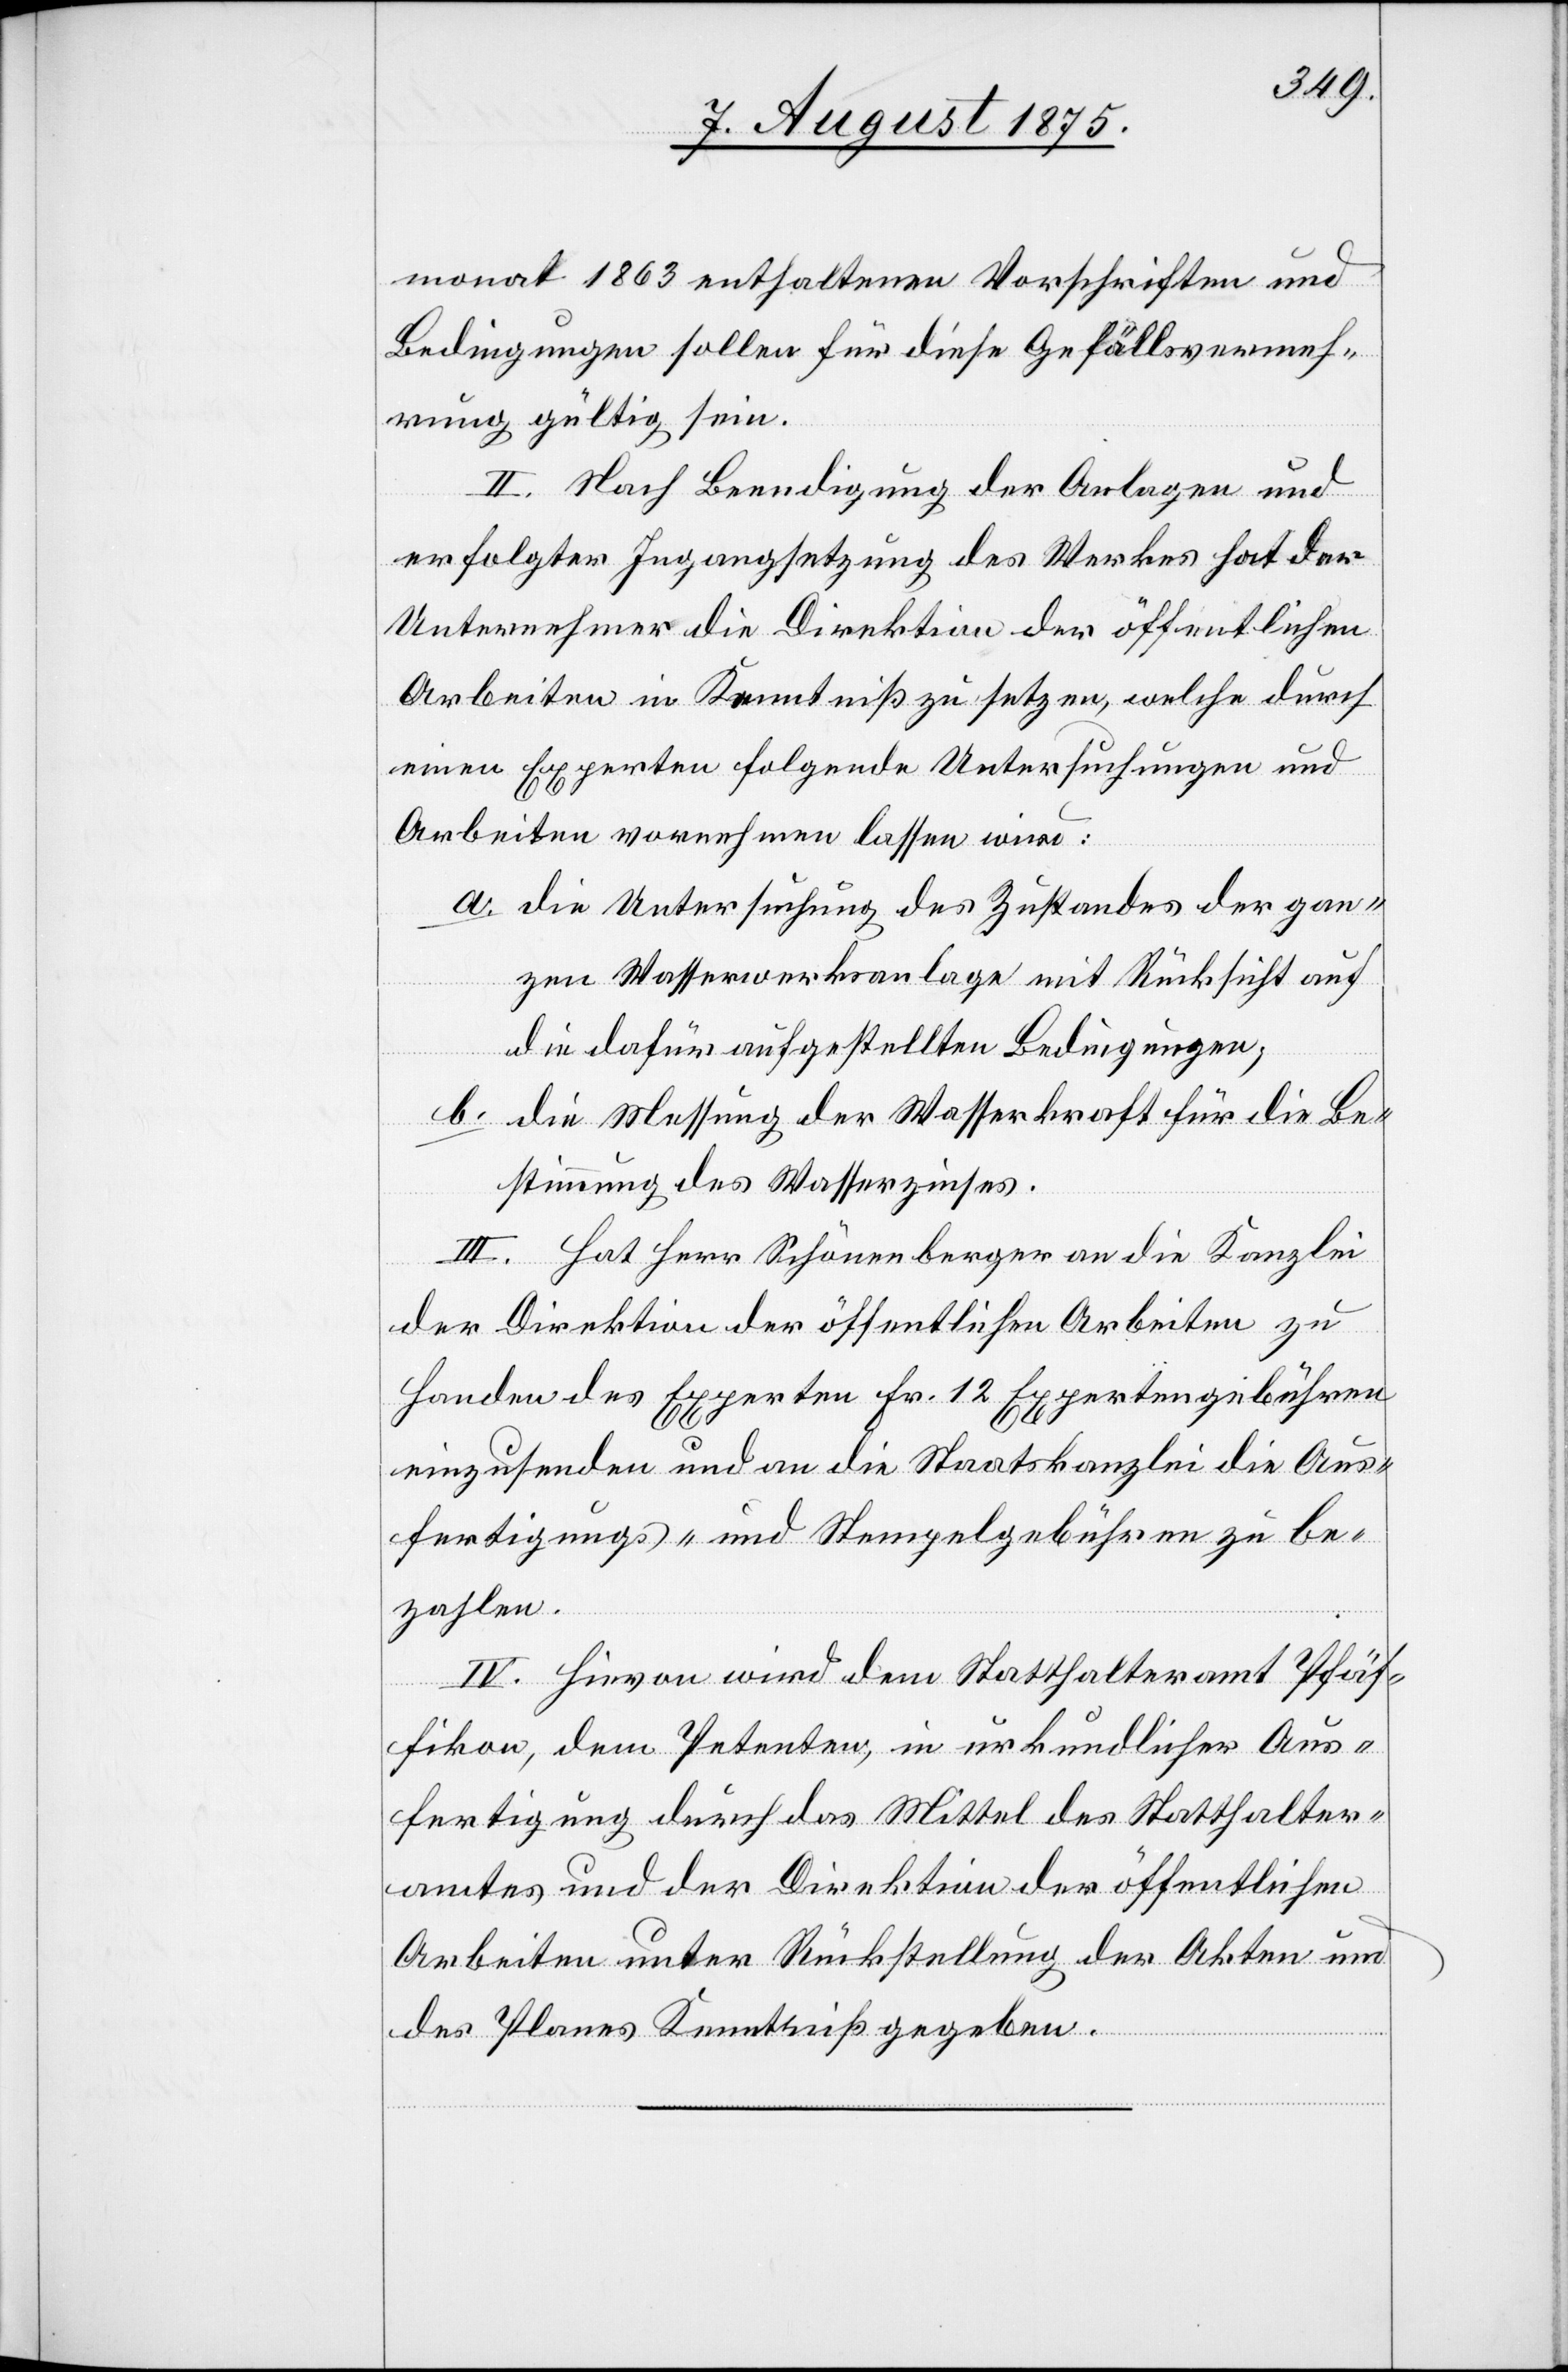
monat 1863 enthaltenen Vorschriften und
Bedingungen sollen für diese Gefällsvermeh¬
rung gültig sein.
II. Nach Beendigung der Anlagen und
erfolgter Ingangsetzung des Werkes hat der
Unternehmer die Direktion der öffentlichen
Arbeiten in Kenntniß zu setzen, welche durch
einen Experten folgende Untersuchungen und
Arbeiten vornehmen lassen wird:
a. die Untersuchung des Zustandes der gan¬
zen Wasserwerksanlage mit Rücksicht auf
die dafür aufgestellten Bedingungen;
b. die Messung der Wasserkraft für die Be¬
stimmung des Wasserzinses.
III. Hat Herr Schönenberger an die Kanzlei
der Direktion der öffentlichen Arbeiten zu
Handen des Experten Fr. 12 Expertengebühren
einzusenden und an die Staatskanzlei die Aus¬
fertigungs- und Stempelgebühren zu be¬
zahlen.
IV. Hievon wird dem Statthalteramt Pfäf¬
fikon, dem Petenten, in urkundlicher Aus¬
fertigung durch das Mittel des Statthalter¬
amtes und der Direktion der öffentlichen
Arbeiten unter Rückstellung der Akten und
des Planes Kenntniß gegeben.